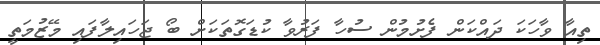
ތިއާ ވާހަކަ ދައްކަން ފެށުމުން ސުހާ ފަރުވާ ކުޑަގޮތަކަށް ބޯ ޖަހައިލާފައި މޭޒުމަތީ